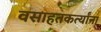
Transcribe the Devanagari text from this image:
वसाहतकर्त्यांना